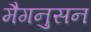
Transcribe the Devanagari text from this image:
मैगनुसन